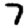
Digit: 7